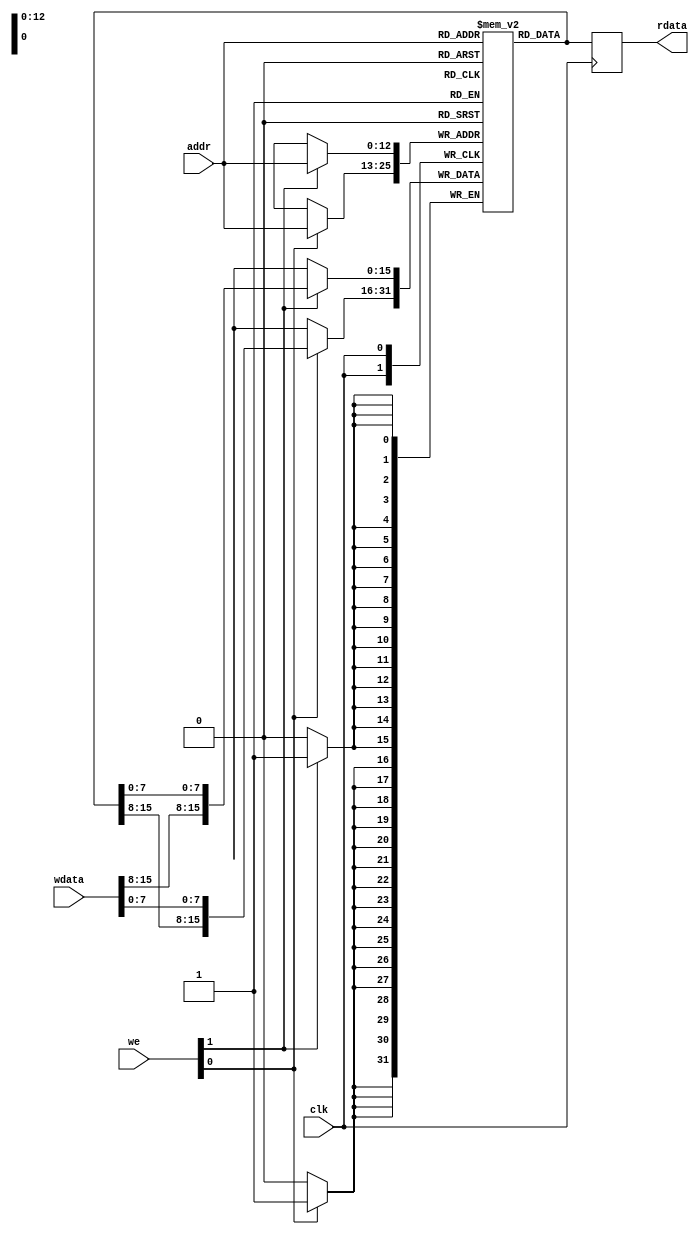
////////////////////////////////////////////////////////////////////////////////
//
// sram_8kx16.v
//
// 8Kx16 SRAM model
//
// started: 25-Mar-2007
//
////////////////////////////////////////////////////////////////////////////////

module sram_8kx16 (

  clk,
  addr,
  we,
  wdata,

  rdata
);

input         clk;
input  [12:0] addr;
input   [1:0] we;
input  [15:0] wdata;

output [15:0] rdata;

// wires and regs

parameter D = 1;

reg  [15:0] temp_value;
reg  [15:0] rdata;

// the memory array (byte addressable)

reg [15:0] mem_array [8191:0];

// write logic

always @(posedge clk)
  if (we[0])
  begin
    temp_value[15:0] = mem_array[addr];
    temp_value[7:0] = wdata[7:0];
    mem_array[addr] = temp_value[15:0];
  end

always @(posedge clk)
  if (we[1])
  begin
    temp_value[15:0] = mem_array[addr];
    temp_value[15:8] = wdata[15:8];
    mem_array[addr] = temp_value[15:0];
  end

// read logic

always @(posedge clk) rdata[15:0] <= #D mem_array[addr];

// Icarus does not support variable indexes into strings, so this hack allows it:

function [8*64:1] concatenate_string;
  input [8*128:1] string1;
  input  [8*64:1] string2;
  input    [31:0] i;
  reg   [8*64:1] cat_string;
begin
  case (i)
    64 : cat_string = {string1,string2[64*8:1]};
    63 : cat_string = {string1,string2[63*8:1]};
    62 : cat_string = {string1,string2[62*8:1]};
    61 : cat_string = {string1,string2[61*8:1]};
    60 : cat_string = {string1,string2[60*8:1]};
    59 : cat_string = {string1,string2[59*8:1]};
    58 : cat_string = {string1,string2[58*8:1]};
    57 : cat_string = {string1,string2[57*8:1]};
    56 : cat_string = {string1,string2[56*8:1]};
    55 : cat_string = {string1,string2[55*8:1]};
    54 : cat_string = {string1,string2[54*8:1]};
    53 : cat_string = {string1,string2[53*8:1]};
    52 : cat_string = {string1,string2[52*8:1]};
    51 : cat_string = {string1,string2[51*8:1]};
    50 : cat_string = {string1,string2[50*8:1]};
    49 : cat_string = {string1,string2[49*8:1]};
    48 : cat_string = {string1,string2[48*8:1]};
    47 : cat_string = {string1,string2[47*8:1]};
    46 : cat_string = {string1,string2[46*8:1]};
    45 : cat_string = {string1,string2[45*8:1]};
    44 : cat_string = {string1,string2[44*8:1]};
    43 : cat_string = {string1,string2[43*8:1]};
    42 : cat_string = {string1,string2[42*8:1]};
    41 : cat_string = {string1,string2[41*8:1]};
    40 : cat_string = {string1,string2[40*8:1]};
    39 : cat_string = {string1,string2[39*8:1]};
    38 : cat_string = {string1,string2[38*8:1]};
    37 : cat_string = {string1,string2[37*8:1]};
    36 : cat_string = {string1,string2[36*8:1]};
    35 : cat_string = {string1,string2[35*8:1]};
    34 : cat_string = {string1,string2[34*8:1]};
    33 : cat_string = {string1,string2[33*8:1]};
    32 : cat_string = {string1,string2[32*8:1]};
    31 : cat_string = {string1,string2[31*8:1]};
    30 : cat_string = {string1,string2[30*8:1]};
    29 : cat_string = {string1,string2[29*8:1]};
    28 : cat_string = {string1,string2[28*8:1]};
    27 : cat_string = {string1,string2[27*8:1]};
    26 : cat_string = {string1,string2[26*8:1]};
    25 : cat_string = {string1,string2[25*8:1]};
    24 : cat_string = {string1,string2[24*8:1]};
    23 : cat_string = {string1,string2[23*8:1]};
    22 : cat_string = {string1,string2[22*8:1]};
    21 : cat_string = {string1,string2[21*8:1]};
    20 : cat_string = {string1,string2[20*8:1]};
    19 : cat_string = {string1,string2[19*8:1]};
    18 : cat_string = {string1,string2[18*8:1]};
    17 : cat_string = {string1,string2[17*8:1]};
    16 : cat_string = {string1,string2[16*8:1]};
    15 : cat_string = {string1,string2[15*8:1]};
    14 : cat_string = {string1,string2[14*8:1]};
    13 : cat_string = {string1,string2[13*8:1]};
    12 : cat_string = {string1,string2[12*8:1]};
    11 : cat_string = {string1,string2[11*8:1]};
    10 : cat_string = {string1,string2[10*8:1]};
    9  : cat_string = {string1,string2[9 *8:1]};
    8  : cat_string = {string1,string2[8 *8:1]};
    7  : cat_string = {string1,string2[7 *8:1]};
    6  : cat_string = {string1,string2[6 *8:1]};
    5  : cat_string = {string1,string2[5 *8:1]};
    4  : cat_string = {string1,string2[4 *8:1]};
    3  : cat_string = {string1,string2[3 *8:1]};
    2  : cat_string = {string1,string2[2 *8:1]};
    1  : cat_string = {string1,string2[1 *8:1]};
    default: cat_string = {string1,string2};
  endcase
  concatenate_string = cat_string;
end
endfunction

// pre-load memory with contents of mem file

task load_memory;
  input [8*64:1] filename;
  reg [8*128:1] long_filename;
  reg [8*64:1] short_filename;
  reg [8*64:1] cat_filename;
  integer i,done;
begin
  mem_array[0] = 16'hDEAD;
  mem_array[1] = 16'hDEAD;
  mem_array[2] = 16'hDEAD;
  mem_array[3] = 16'hDEAD;
  $display("Time: %0t Trying to load memory array from local file %0s",$time,filename);
  $readmemh(filename,mem_array);
  if ((mem_array[0] == 16'hDEAD)
   && (mem_array[1] == 16'hDEAD)
   && (mem_array[2] == 16'hDEAD)
   && (mem_array[3] == 16'hDEAD))
  begin
    // try long filepath...

`ifdef icarus
    // icarus doesn't concatenate strings nicely; this hack fixes it

    $display("RUNNING MEMFILE HACK FOR ICARUS");
    $display("Time: %0t Local file not found, looking at ../asm/memfiles",$time,long_filename);

    i=32; done=0;
    while ((!done) && (i>1))
    begin
      long_filename = {"../asm/memfiles/"};
      cat_filename = concatenate_string(long_filename,filename,i);
      //$display("Trying string concatenation variant: %0s",cat_filename);
      $readmemh(cat_filename,mem_array);
      if ((mem_array[0] == 16'hDEAD)
       && (mem_array[1] == 16'hDEAD)
       && (mem_array[2] == 16'hDEAD)
       && (mem_array[3] == 16'hDEAD))
      begin
        i=i-1;
      end else
      begin
        $display("Time: %0t Memory successfully loaded by file %0s",$time,cat_filename);
        done=1;
      end
    end

    if ((mem_array[0] == 16'hDEAD)
     && (mem_array[1] == 16'hDEAD)
     && (mem_array[2] == 16'hDEAD)
     && (mem_array[3] == 16'hDEAD))
    begin
      $display("Time: %0t FATAL ERROR - Did not successfully load the referenced memory file anywhere",$time);
      $finish;
    end

`else

    long_filename = {"../asm/memfiles/",filename};
    $display("Time: %0t Local file not found, looking at %0s",$time,long_filename);
    $readmemh(long_filename,mem_array);
    if ((mem_array[0] == 16'hDEAD)
     && (mem_array[1] == 16'hDEAD)
     && (mem_array[2] == 16'hDEAD)
     && (mem_array[3] == 16'hDEAD))
    begin
      $display("Time: %0t FATAL ERROR - Could not find the referenced memory file anywhere: %0s",$time,filename);
      $finish;
    end else
    begin
      $display("Time: %0t Memory successfully loaded by file %0s",$time,long_filename);
    end

`endif

  end else
  begin
    $display("Time: %0t Memory successfully loaded by local file %0s",$time,filename);
  end
end
endtask

endmodule